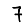
Digit: 7